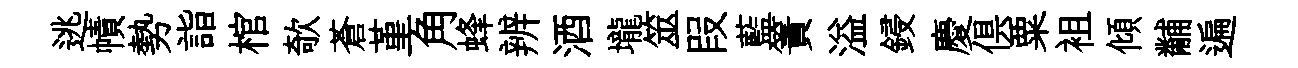
逃幘勢詣棺欹蒼堇角蜂辨酒壠筮叚藍簀溢鋟慶俱粟袓傾黼遍